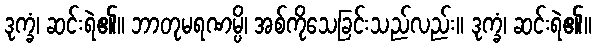
ဒုက္ခံ၊ ဆင်းရဲ၏။ ဘာတုမရဏမ္ပိ၊ အစ်ကိုသေခြင်းသည်လည်း။ ဒုက္ခံ၊ ဆင်းရဲ၏။